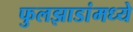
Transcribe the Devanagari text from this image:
फुलझाडांमध्ये